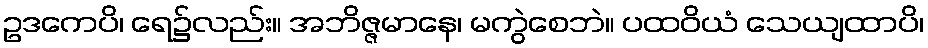
ဥဒကေပိ၊ ရေ၌လည်း။ အဘိဇ္ဇမာနေ၊ မကွဲစေဘဲ။ ပထဝိယံ သေယျထာပိ၊